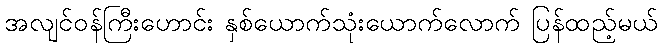
အလျင်ဝန်ကြီးဟောင်း နှစ်ယောက်သုံးယောက်လောက် ပြန်ထည့်မယ်